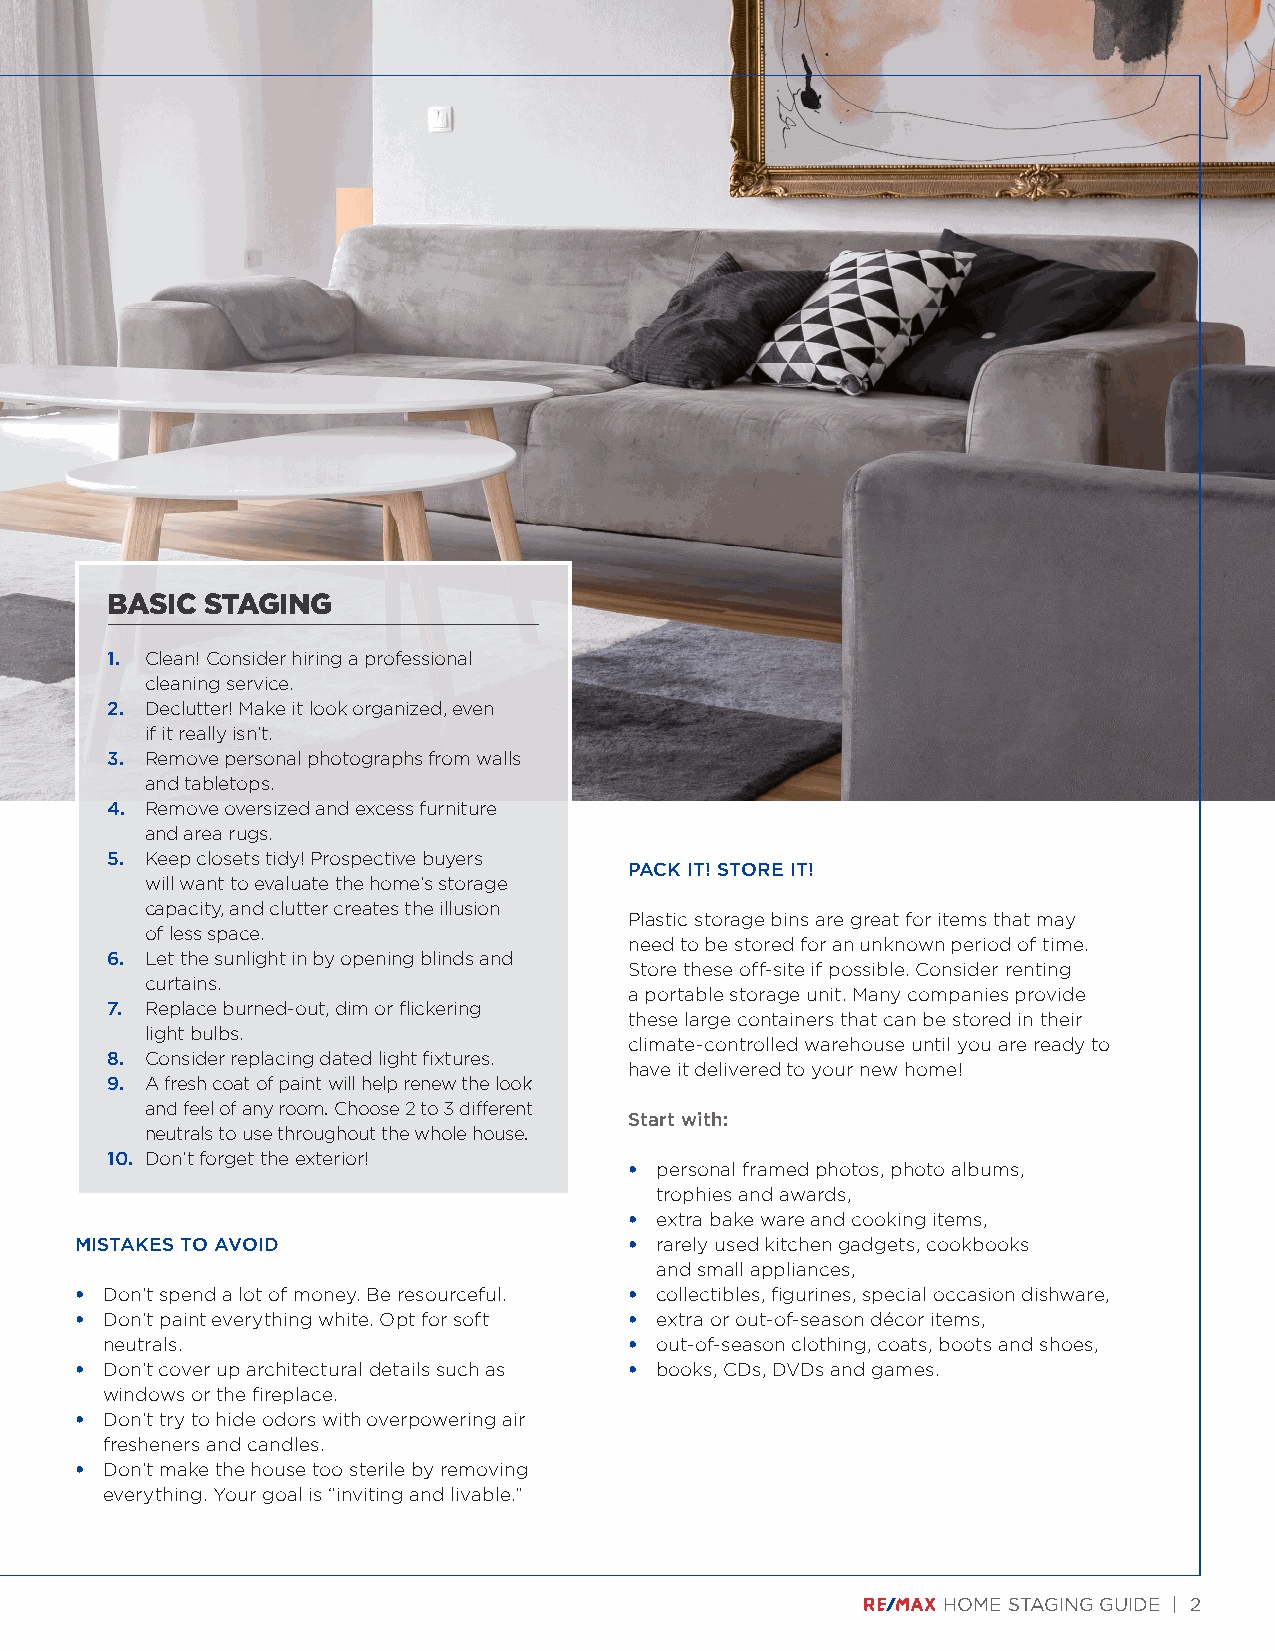
What is
 Home Staging?
 BASIC STAGING
 1. Clean! Consider hiring a professional
 cleaning service.
 2. Declutter! Make it look organized, even
 if it really isn’t.
 3. Remove personal photographs from walls
 and tabletops.
 4. Remove oversized and excess furniture
 and area rugs.
 5. Keep closets tidy! Prospective buyers
 PACK IT! STORE IT!
 will want to evaluate the home’s storage
 capacity, and clutter creates the illusion
 Plastic storage bins are great for items that may
 of less space.
 need to be stored for an unknown period of time.
 6. Let the sunlight in by opening blinds and
 Store these off-site if possible. Consider renting
 curtains.
 a portable storage unit. Many companies provide
 7. Replace burned-out, dim or flickering
 these large containers that can be stored in their
 light bulbs.
 climate-controlled warehouse until you are ready to
 8. Consider replacing dated light fixtures.
 have it delivered to your new home!
 9. A fresh coat of paint will help renew the look
 and feel of any room. Choose 2 to 3 different
 Start with:
 neutrals to use throughout the whole house.
 10. Don’t forget the exterior!
 • personal framed photos, photo albums,
 trophies and awards,
 • extra bake ware and cooking items,
 MISTAKES TO AVOID                    • rarely used kitchen gadgets, cookbooks
 and small appliances,
 • Don’t spend a lot of money. Be resourceful. • collectibles, figurines, special occasion dishware,
 • Don’t paint everything white. Opt for soft • extra or out-of-season décor items,
 neutrals.                          • out-of-season clothing, coats, boots and shoes,
 • Don’t cover up architectural details such as • books, CDs, DVDs and games.
 windows or the fireplace.
 • Don’t try to hide odors with overpowering air
 fresheners and candles.
 • Don’t make the house too sterile by removing
 everything. Your goal is “inviting and livable.”
 HOME STAGING GUIDE | 2